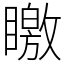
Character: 䁶